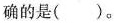
确的是()。